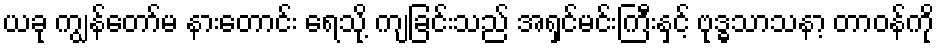
ယခု ကျွန်တော်မ နားတောင်း ရေသို့ ကျခြင်းသည် အရှင်မင်းကြီးနှင့် ဗုဒ္ဓသာသနာ့ တာဝန်ကို